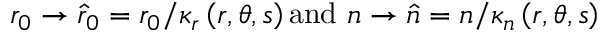
r _ { 0 } \rightarrow \widehat { r } _ { 0 } = r _ { 0 } / \kappa _ { r } \left( r , \theta , s \right) \mathrm { a n d ~ } n \rightarrow \widehat { n } = n / \kappa _ { n } \left( r , \theta , s \right)